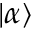
\left| \alpha \right>